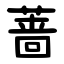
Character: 蔷